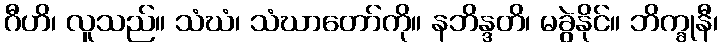
ဂီဟိ၊ လူသည်။ သံဃံ၊ သံဃာတော်ကို။ နဘိန္ဒတိ၊ မခွဲနိုင်။ ဘိက္ခုနီ၊